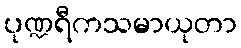
ပုဏ္ဍရီကသမာယုတာ